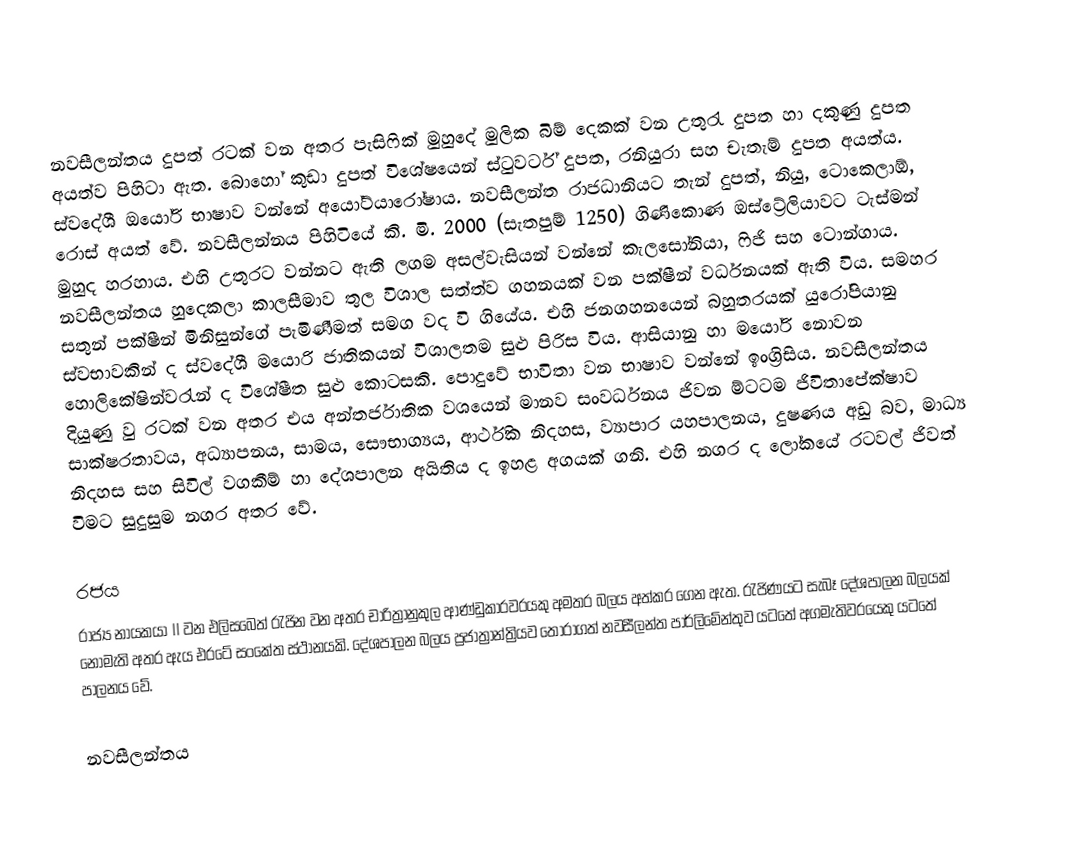
නවසීලන්තය දුපත් රටක් වන අතර පැසිෆික් මුහුදේ මුලික බිම් දෙකක් වන උතුරැ දුපත හා දකුණු දුපත අයත්ව පිහිටා ඇත. බොහෝ කුඩා දුපත් විශේෂයෙන් ස්ටුවර්ට් දුපත, රනියුරා සහ චැතැම් දුපත අයත්ය. ස්වදේශී ඔයෝරි භාෂාව වන්නේ ‍අයෝට්යාරෝෂාය. නවසීලන්ත රාජධානියට තැන් දුපත්, නියු, ටොකෙලාඕ, රොස් අයත් වේ. නවසීලන්නය පිහිටියේ කි. මි. 2000 (සැතපුම් 1250) ගිණිකොණ ඔස්ට්‍රේලියාවට ටැස්මන් මුහුද හරහාය. එහි උතුරට වන්නට ඇති ලගම අසල්වැසියන් වන්නේ කැලසෝනියා, ෆිජි සහ ටොන්ගාය. නවසීලන්තය හුදෙකලා කාලසීමාව තුල විශාල සත්ත්ව ගහනයක් වන පක්ෂීන් වර්ධනයක් ඇති විය. සමහර සතුන් පක්ෂීන් මිනිසුන්ගේ පැමිණීමත් සමග වද වි ගියේය. එහි ජනගහනයෙන් බහුතරයක් යුරෝපියානු ස්වභාවකින් ද ස්වදේශී මයොරි ජාතිකයන් විශාලතම සුළු පිරිස විය. ආසියානු හා මයෝරි නොවන හොලිකේෂින්වරැන් ද විශේෂීත සුළු කොටසකි. පොදුවේ භාවිතා වන භාෂාව වන්නේ ඉංග්‍රිසිය. නවසීලන්තය දියුණු වු රටක් වන අතර එය අන්තර්ජාතික වශයෙන් මානව සංවර්ධනය ජිවන ම්ටටම ජිවිතාපේක්ෂාව සාක්ෂරතාවය, අධ්‍යාපනය, සාමය, සෞභාග්‍යය, ආර්ථික නිදහස, ව්‍යාපාර යහපාලනය, දුෂණය අඩු බව, මාධ්‍ය නිදහස සහ සිවිල් වගකීම් හා දේශපාලන අයිතිය ද ඉහළ අගයක් ගනි. එහි නගර ද ලෝකයේ රටවල් ජිවත් විමට සුදුසුම නගර අතර වේ.

රජය
රාජ්‍ය නායකයා II වන එලිසබෙත් රැජින වන අතර චාරිත්‍රානුකුල ආණ්ඩුකාරවරයකු අමතර බලය අත්කර ගෙන ඇත. රැජිණයට සැබෑ දේශපාලන බලයක් නොමැති අතර ඇය එරටේ සංකේත ස්ථානයකි. දේශපාලන බලය ප්‍රජාත්‍රාන්ත්‍රියව තෝරාගත් නවසීලන්ත පාර්ලිමේන්තුව යටතේ අගමැතිවරයෙකු යටතේ පාලනය වේ.

නවසීලන්තය